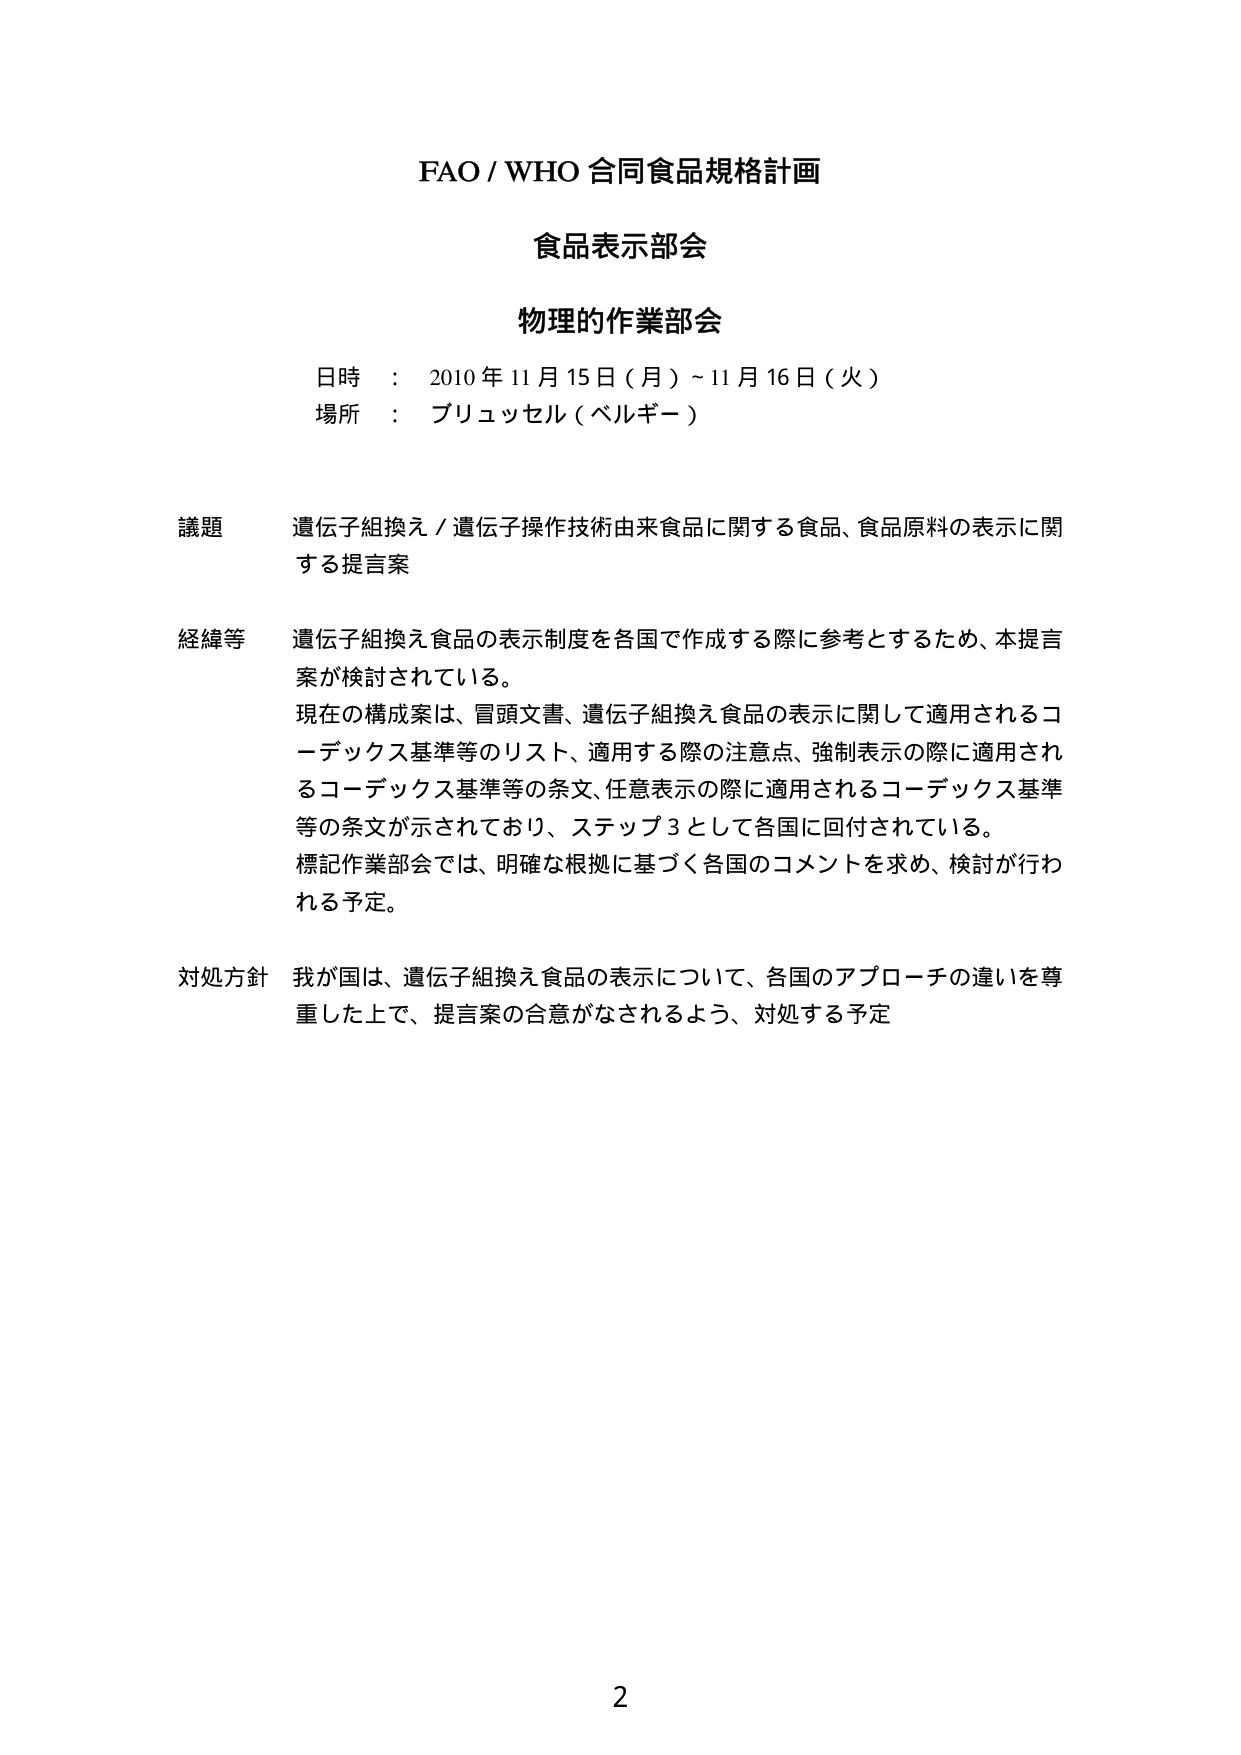
FAO / WHO 合同食品規格計画
食品表示部会
物理的作業部会
日時 ： 2010 年 11 月 15 日（月）～11 月 16 日（火）
場所 ： ブリュッセル（ベルギー）

議題 遺伝子組換え／遺伝子操作技術由来食品に関する食品、食品原料の表示に関する提言案

経緯等 遺伝子組換え食品の表示制度を各国で作成する際に参考とするため、本提言案が検討されている。
現在の構成案は、冒頭文書、遺伝子組換え食品の表示に関して適用されるコーデックス基準等のリスト、適用する際の注意点、強制表示の際に適用されるコーデックス基準等の条文、任意表示の際に適用されるコーデックス基準等の条文が示されており、ステップ3として各国に回付されている。
標記作業部会では、明確な根拠に基づく各国のコメントを求め、検討が行われる予定。

対処方針 我が国は、遺伝子組換え食品の表示について、各国のアプローチの違いを尊重した上で、提言案の合意がなされるよう、対処する予定

2